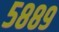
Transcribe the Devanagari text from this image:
५८८९